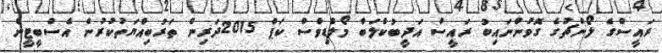
ރައީސްގެ ލޯންޗުގެ ގޮވުންނައިބު ރައީސް އަދީބުކްލަބް މޯލްޑިވްސް ކަޕް 2015ދަރިން ތަރުބިއްޔަތުކުރުން އެސްބީޓީން